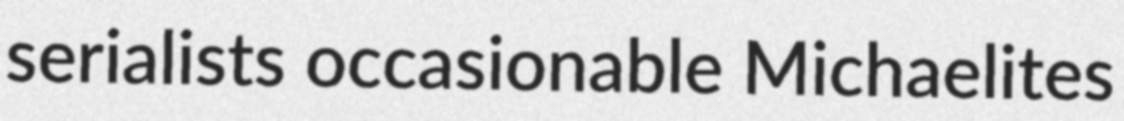
serialists occasionable Michaelites